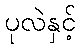
ပုလဲနှင့်